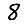
Digit: 8